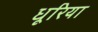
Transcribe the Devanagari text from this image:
धूरिया